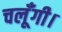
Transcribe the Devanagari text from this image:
चलूँगी।